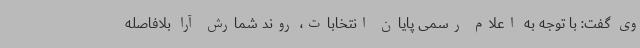
وی گفت: با توجه به اعلام رسمی پایان انتخابات، روند شمارش آرا بلافاصله